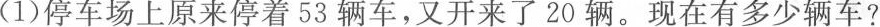
(1)停车场上原来停着53辆车，又开来了20辆。现在有多少辆车?